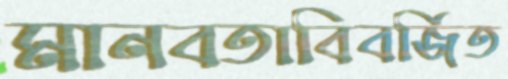
মানবতাবিবর্জিত